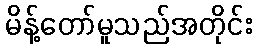
မိန့်တော်မူသည်အတိုင်း